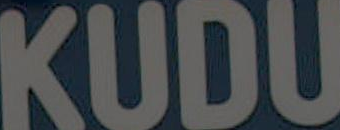
KUDU